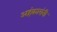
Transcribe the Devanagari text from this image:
अहंकारांनी